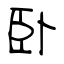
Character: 卧